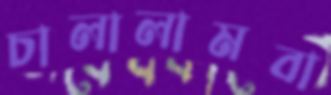
চালালামবা